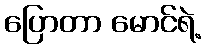
ပြောတာ မောင်ရဲ့